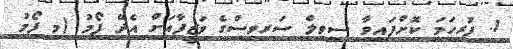
1. ފުރިހަމަ ކޮށްފައިވާ ސިވިލް ސަރވިސްގެ ވަޒީފާއަށް އެދޭ ފޯމު (މި ފޯމު